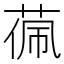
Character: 𮶧